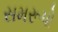
સમરૂપો